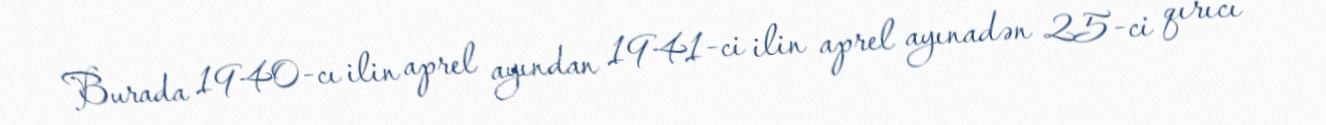
Burada 1940-cı ilin aprel ayından 1941-ci ilin aprel ayınadən 25-ci qırıcı